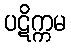
ပဋိက္ကမ